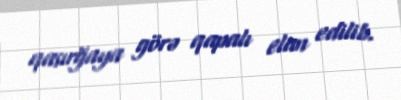
qasırğaya görə qapalı elan edilib.